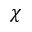
\chi